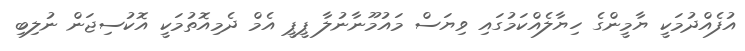
އުފެއްދުމަކީ ޔާމީންގެ ހިޔާލެއްކަމުގައި ވިޔަސް މައުމޫނާނުލާ ޕީޕީ އެމް ދެމިއޮތުމަކީ އޮކުސިޖަން ނުލިބި